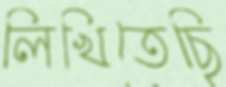
লিখিতেছি